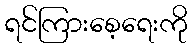
ရင်ကြားစေ့ရေးကို